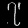
Digit: ၇